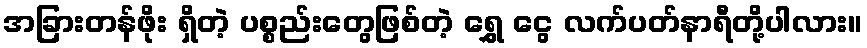
အခြားတန်ဖိုး ရှိတဲ့ ပစ္စည်းတွေဖြစ်တဲ့ ရွှေ ငွေ လက်ပတ်နာရီတို့ပါလား။